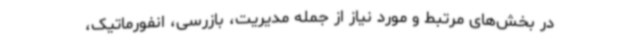
در بخش‌های مرتبط و مورد نیاز از جمله مدیریت، بازرسی، انفورماتیک،